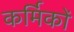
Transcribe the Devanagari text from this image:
कर्मिकाें